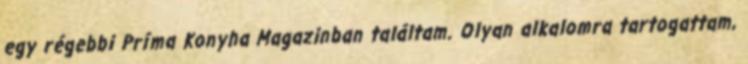
egy régebbi Príma Konyha Magazinban találtam. Olyan alkalomra tartogattam,